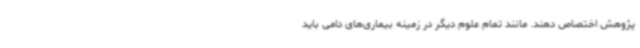
پژوهش اختصاص دهند. مانند تمام علوم دیگر در زمینه بیماری‌های دامی باید